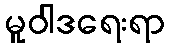
မူဝါဒရေးရာ